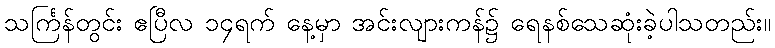
သင်္ကြန်တွင်း ဧပြီလ ၁၄ရက် နေ့မှာ အင်းလျားကန်၌ ရေနစ်သေဆုံးခဲ့ပါသတည်း။